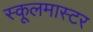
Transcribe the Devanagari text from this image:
स्कूलमास्टर